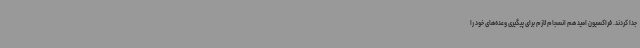
جدا کردند. فراکسیون امید هم انسجام لازم برای پیگیری وعده‌های خود را